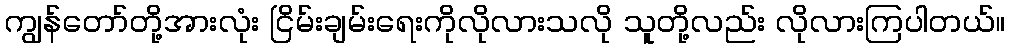
ကျွန်တော်တို့အားလုံး ငြိမ်းချမ်းရေးကိုလိုလားသလို သူတို့လည်း လိုလားကြပါတယ်။